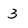
Character: 3